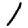
Digit: 1